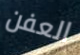
العفن